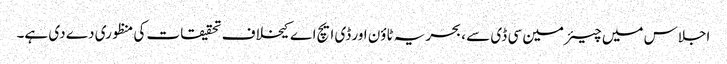
اجلاس میں چیئرمین سی ڈی سے ، بحریہ ٹاؤن اور ڈی ایچ اے کیخلاف تحقیقات کی منظوری دے دی ہے۔